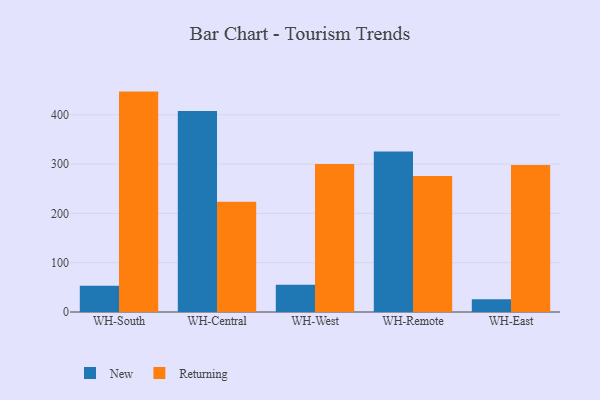
{"axis": {"x": "Warehouse", "y": "Operating Costs (USD K)"}, "legend": ["New", "Returning"], "data": [{"x": "WH-South", "y": 53.3, "type": "New"}, {"x": "WH-South", "y": 447.1, "type": "Returning"}, {"x": "WH-Central", "y": 407.7, "type": "New"}, {"x": "WH-Central", "y": 223.6, "type": "Returning"}, {"x": "WH-West", "y": 55.4, "type": "New"}, {"x": "WH-West", "y": 300.0, "type": "Returning"}, {"x": "WH-Remote", "y": 325.7, "type": "New"}, {"x": "WH-Remote", "y": 276.1, "type": "Returning"}, {"x": "WH-East", "y": 25.7, "type": "New"}, {"x": "WH-East", "y": 298.2, "type": "Returning"}]}